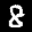
Label: 8